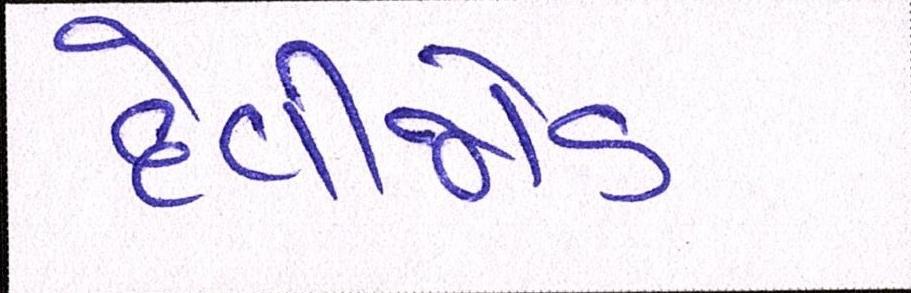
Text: દેવીજોડ